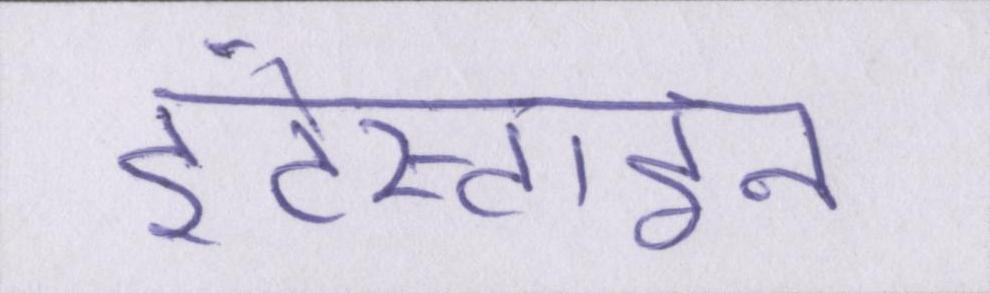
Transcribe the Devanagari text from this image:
इंटेस्टाइन